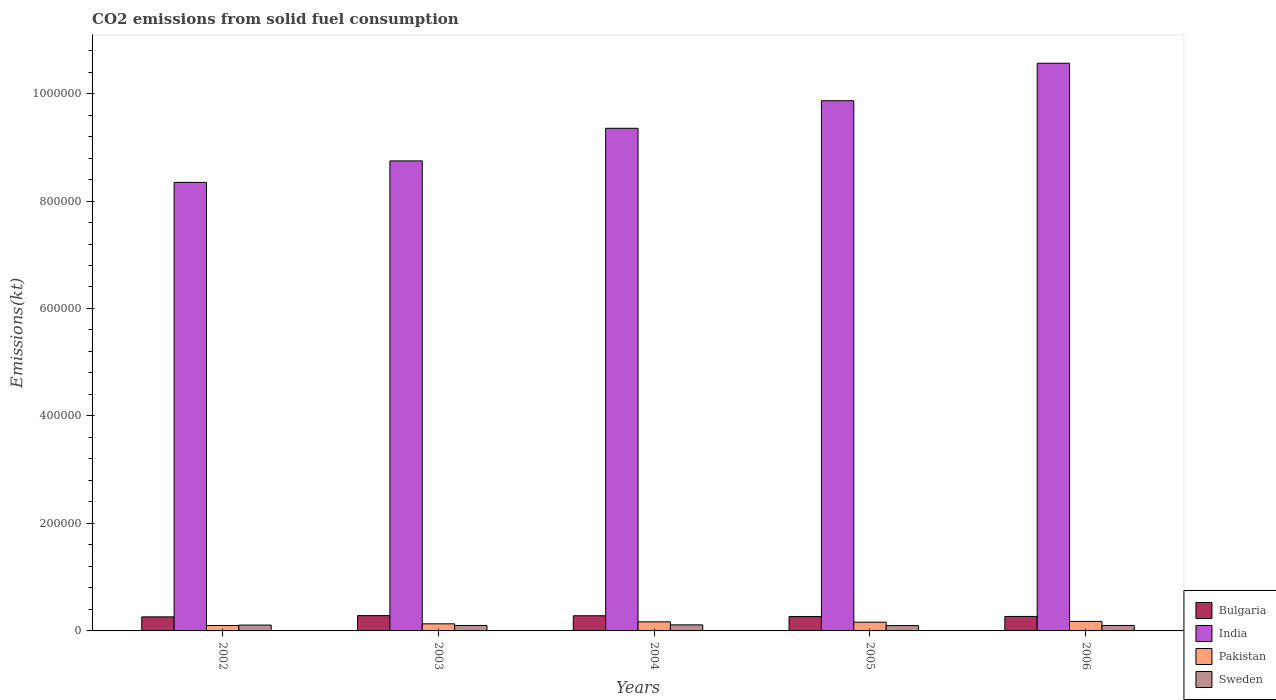
| Years | Bulgaria | India | Pakistan | Sweden |
 | --- | --- | --- | --- | --- |
 | 2002 | 2.61e+04 | 8.35e+05 | 1.01e+04 | 1.09e+04 |
 | 2003 | 2.85e+04 | 8.75e+05 | 1.32e+04 | 1.02e+04 |
 | 2004 | 2.82e+04 | 9.35e+05 | 1.69e+04 | 1.13e+04 |
 | 2005 | 2.68e+04 | 9.87e+05 | 1.62e+04 | 9.9e+03 |
 | 2006 | 2.7e+04 | 1.06e+06 | 1.77e+04 | 1.02e+04 |